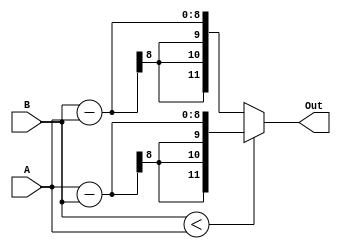
`timescale 1ns / 1ps
//////////////////////////////////////////////////////////////////////////////////
// Company: 
// Engineer: 
// 
// Design Name: 
// Module Name: Sadder
// Project Name: 
// Target Devices: 
// Tool Versions: 
// Description: 
// 
// Dependencies: 
// 
// Revision:
// Revision 0.01 - File Created
// Additional Comments:
// 
//////////////////////////////////////////////////////////////////////////////////


module Sadder(A,B,Out);
input [7:0] A,B;
output reg [11:0] Out;
//initial begin
// Out <= 255;
//end
always@(*) begin
    if(B < A) begin
    Out <= A - B;
    end
    else begin 
    Out <= B - A;
    end

end
endmodule